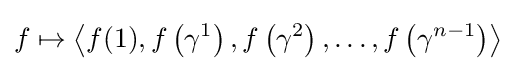
f\mapsto \left\langle f(1),f\left(\gamma ^{1}\right),f\left(\gamma ^{2}\right),\ldots ,f\left(\gamma ^{n-1}\right)\right\rangle